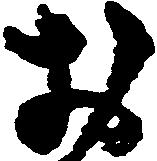
お